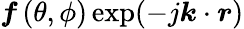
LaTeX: \boldsymbol{f}\left(\theta,\phi\right)\exp({-j\boldsymbol{k}\cdot\boldsymbol{r}})